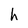
Character: h